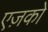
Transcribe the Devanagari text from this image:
एज़को